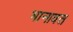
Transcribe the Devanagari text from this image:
भानावत